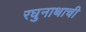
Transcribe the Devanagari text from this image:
रघुनाथाची